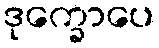
ဒုက္ခောပေ